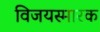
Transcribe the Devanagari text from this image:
विजयस्मारक